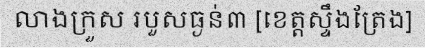
លាងក្រួស របួសធ្ងន់៣ [ខេត្តស្ទឹងត្រែង]